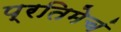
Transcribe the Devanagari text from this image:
प्रतिमेचं